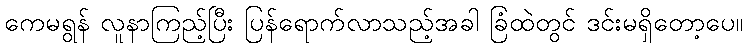
ကေမရွန် လူနာကြည့်ပြီး ပြန်ရောက်လာသည့်အခါ ခြံထဲတွင် ဒင်းမရှိတော့ပေ။